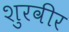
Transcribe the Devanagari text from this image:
शुरवीर